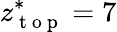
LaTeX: z_{\mathrm{~t~o~p~}}^{*}=7